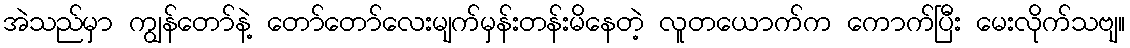
အဲသည်မှာ ကျွန်တော်နဲ့ တော်တော်လေးမျက်မှန်းတန်းမိနေတဲ့ လူတယောက်က ကောက်ပြီး မေးလိုက်သဗျ။